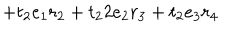
+ t _ { 2 } e _ { 1 } r _ { 2 } + t _ { 2 } 2 e _ { 2 } r _ { 3 } + t _ { 2 } e _ { 3 } r _ { 4 }